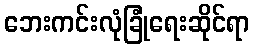
ဘေးကင်းလုံခြုံရေးဆိုင်ရာ